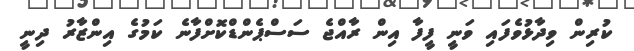
ކުރިން ވިދާޅުވެފައި ވަނީ ފީފާ އިން ރާއްޖެ ސަސްޕެންޑްކޮށްފާނެ ކަމުގެ އިންޒާރު ދިނީ